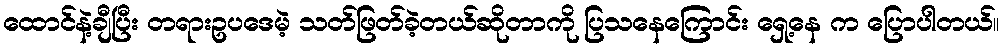
ထောင်နဲ့ချီပြီး တရားဥပဒေမဲ့ သတ်ဖြတ်ခဲ့တယ်ဆိုတာကို ပြသနေကြောင်း ရှေ့နေ က ပြောပါတယ်။